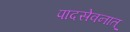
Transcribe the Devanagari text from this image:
पादसेवनात्